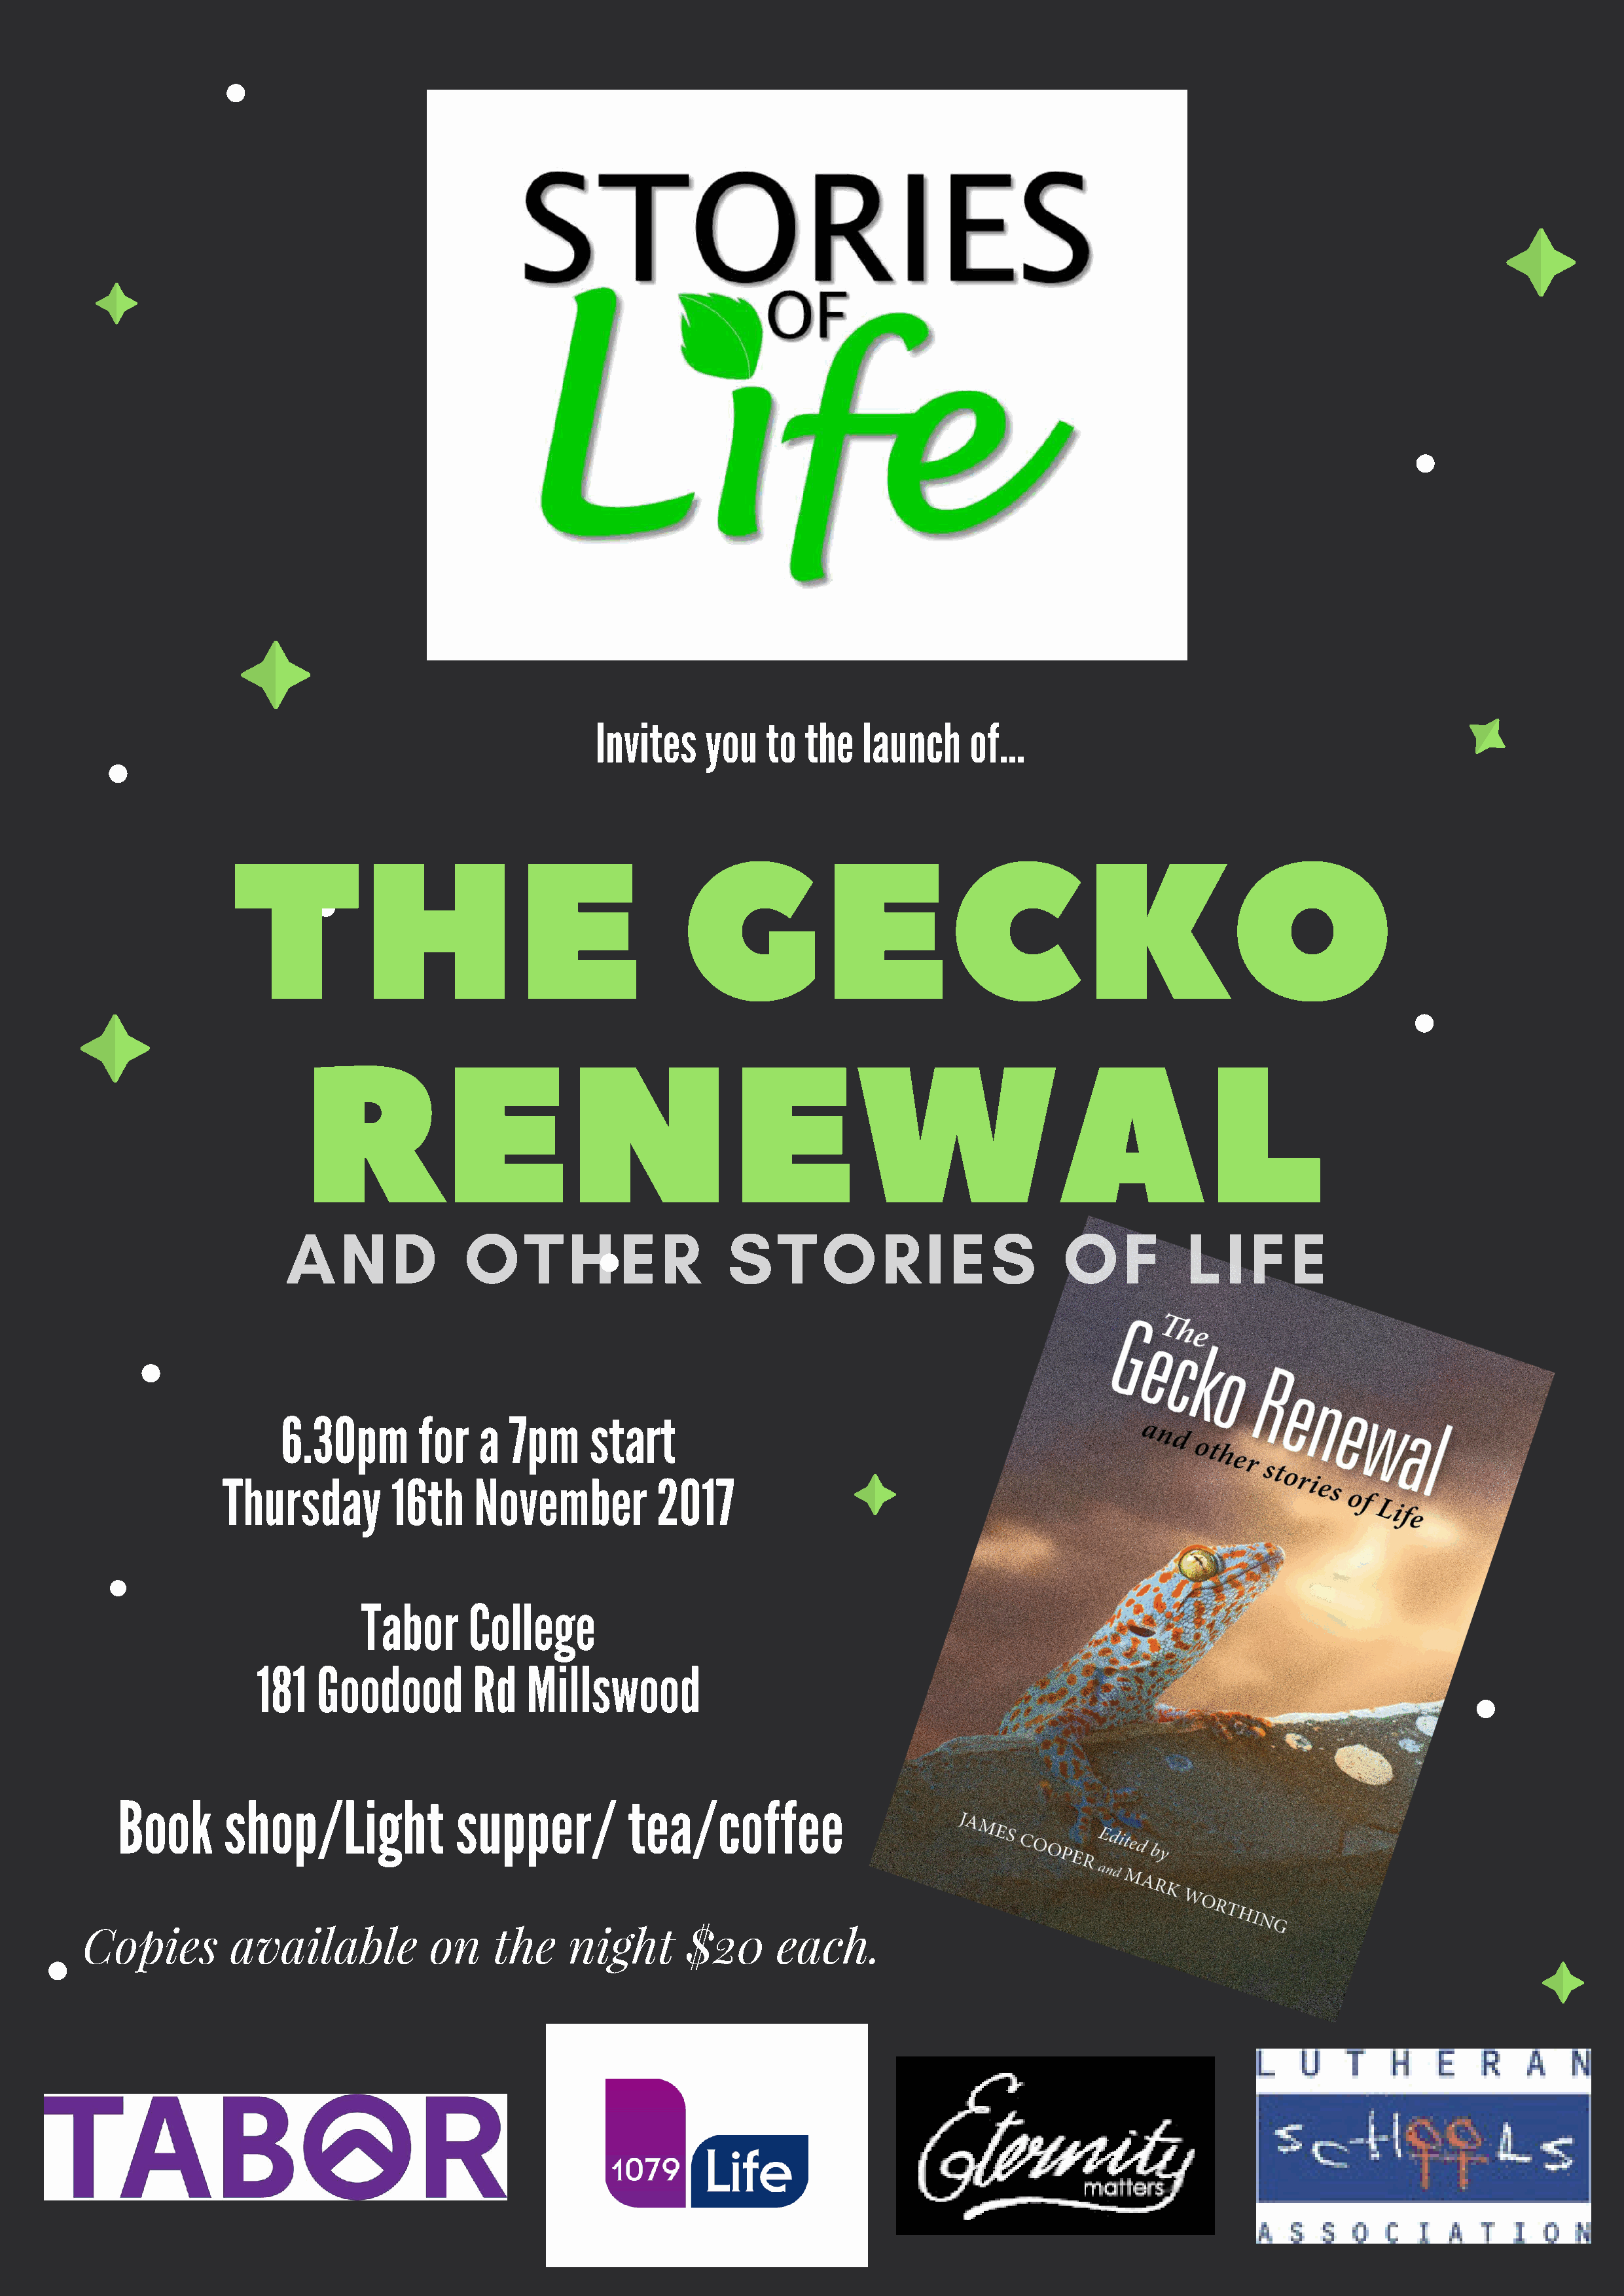
Invites    you   to  the   launch     of...
 THE                                           GECKO
 RENEWAL
 A    N     D      O     T   H     E   R      S    T   O     R    I E   S      O     F      L   I F   E
 6.30pm        for   a  7pm      start
 Thursday         16th     November          2017
 Tabor      College
 181   Goodood         Rd   Millswood
 Book       shop/Light             supper/          tea/coffee
 Copies         available           on     the    night       $20      each.